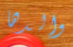
والدها